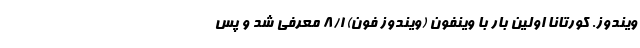
ویندوز. کورتانا اولین بار با وینفون (ویندوز فون) 8/1 معرفی شد و پس